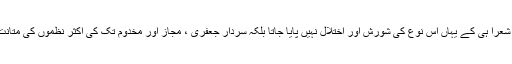
سلام مچھلی شہری، پرویز شاہدی، ظہیر کاشمیری اور وامق جونپوری جیسے کمتر تخلیقی ذہن کے شعرا ہی کے یہاں اس نوع کی شورش اور اختلال نہیں پایا جاتا بلکہ سردار جعفری ، مجاز اور مخدوم تک کی اکثر نظموں کی متانت صرف اس لئے معرض خطر میں پڑ گئی کہ ان کے تجربات میں صلابت تھی نہ اظہار میں ضبط۔